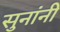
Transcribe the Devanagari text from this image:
सुनांनी